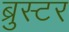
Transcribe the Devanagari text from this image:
ब्रुस्टर